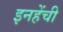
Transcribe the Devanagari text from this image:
इनहेंची